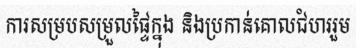
ការសម្របសម្រួលផ្ទៃក្នុង និងប្រកាន់គោលជំហររួម